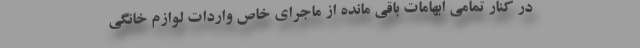
در کنار تمامی ابهامات باقی مانده از ماجرای خاص واردات لوازم خانگی